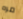
مره